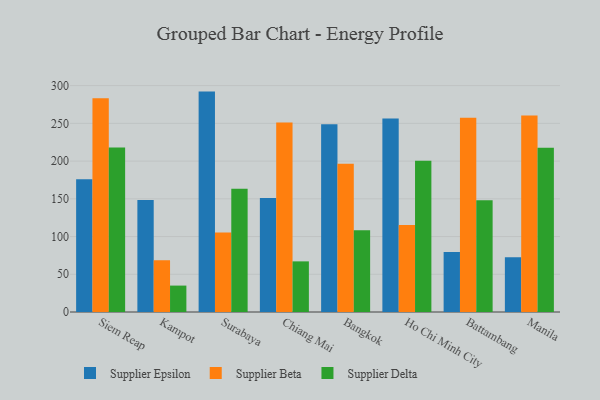
{"axis": {"x": "City", "y": "Demand Index"}, "legend": ["Supplier Beta", "Supplier Delta", "Supplier Epsilon"], "data": [{"x": "Siem Reap", "y": 175.9, "type": "Supplier Epsilon"}, {"x": "Siem Reap", "y": 283.4, "type": "Supplier Beta"}, {"x": "Siem Reap", "y": 217.9, "type": "Supplier Delta"}, {"x": "Kampot", "y": 148.4, "type": "Supplier Epsilon"}, {"x": "Kampot", "y": 68.5, "type": "Supplier Beta"}, {"x": "Kampot", "y": 35.0, "type": "Supplier Delta"}, {"x": "Surabaya", "y": 292.1, "type": "Supplier Epsilon"}, {"x": "Surabaya", "y": 105.5, "type": "Supplier Beta"}, {"x": "Surabaya", "y": 163.2, "type": "Supplier Delta"}, {"x": "Chiang Mai", "y": 151.2, "type": "Supplier Epsilon"}, {"x": "Chiang Mai", "y": 251.2, "type": "Supplier Beta"}, {"x": "Chiang Mai", "y": 67.1, "type": "Supplier Delta"}, {"x": "Bangkok", "y": 248.9, "type": "Supplier Epsilon"}, {"x": "Bangkok", "y": 196.4, "type": "Supplier Beta"}, {"x": "Bangkok", "y": 108.5, "type": "Supplier Delta"}, {"x": "Ho Chi Minh City", "y": 256.5, "type": "Supplier Epsilon"}, {"x": "Ho Chi Minh City", "y": 115.2, "type": "Supplier Beta"}, {"x": "Ho Chi Minh City", "y": 200.3, "type": "Supplier Delta"}, {"x": "Battambang", "y": 79.6, "type": "Supplier Epsilon"}, {"x": "Battambang", "y": 257.4, "type": "Supplier Beta"}, {"x": "Battambang", "y": 148.0, "type": "Supplier Delta"}, {"x": "Manila", "y": 72.6, "type": "Supplier Epsilon"}, {"x": "Manila", "y": 260.3, "type": "Supplier Beta"}, {"x": "Manila", "y": 217.6, "type": "Supplier Delta"}]}